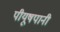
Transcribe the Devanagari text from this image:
पीयूषपानी